Vaccination report Assam 1896-1927 - 1896-1927
Year: 1896
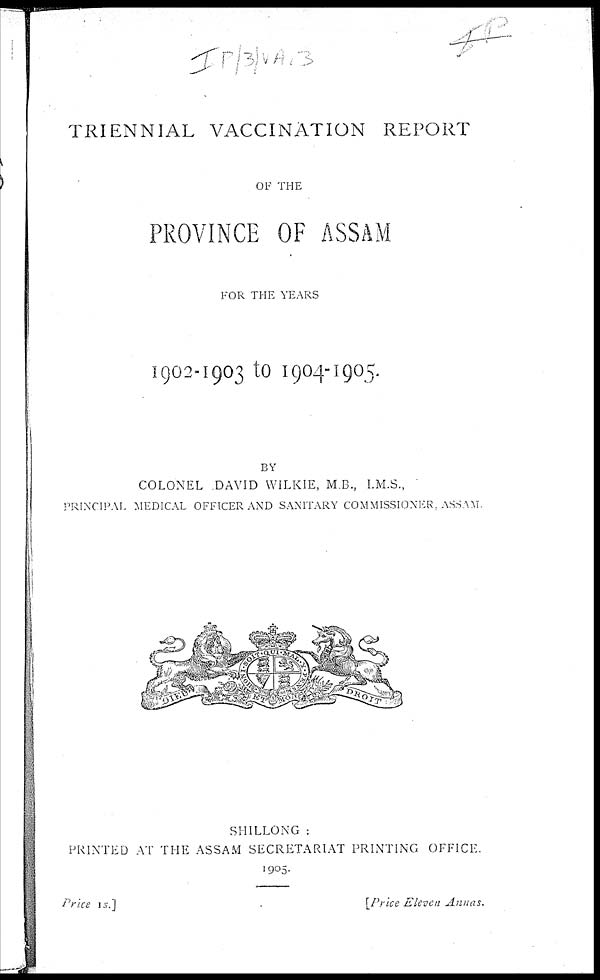
TRIENNIAL VACCINATION REPORT
OF THE
PROVINCE OF ASSAM
FOR THE YEARS
1902-1903 to 1904-1905.
BY
COLONEL DAVID WILKIE, M B., I.M.S.,
PRINCIPAL MEDICAL OFFICER AND SANITARY COMMISSIONER, ASSAM
SHILLONG :
PRINTED AT THE ASSAM SECRETARIAT PRINTING OFFICE.
1905.
Price 1 s.]
[Price Eleven
Annas.